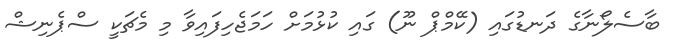
ބާސެލޯނާގެ ދަނޑުގައި (ކޭމްޕް ނޫ) ގައި ކުޅުމަށް ހަމަޖެހިފައިވާ މި މެޗަކީ ސްޕެނިޝް